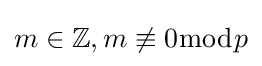
m\in \mathbb {Z} ,m\not \equiv 0{\bmod {p}}